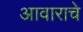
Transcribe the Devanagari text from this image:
आवाराचे